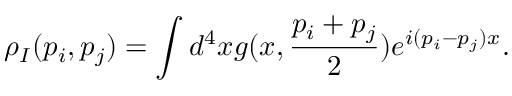
\rho _ { I } ( p _ { i } , p _ { j } ) = \int d ^ { 4 } x g ( x , \frac { p _ { i } + p _ { j } } { 2 } ) e ^ { i ( p _ { i } - p _ { j } ) x } .